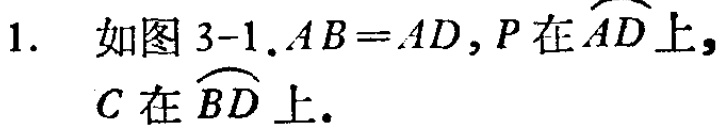
1. 如图 3-1.$AB = AD$, $P$ 在 $\overset{\frown}{AD}$ 上, $C$ 在 $\overset{\frown}{BD}$ 上.